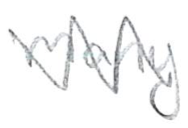
Text: many
Cross-out: mix
Writing tool: pencil